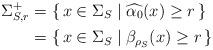
LaTeX: \begin{align*} \Sigma ^+_{S,r} & = \{\, x \in \Sigma _S \mid \widehat{\alpha_0}(x)\geq r \, \} \\& = \{\, x \in \Sigma _S \mid \beta _{\rho_S}(x)\geq r \, \} \end{align*}